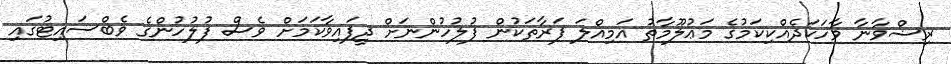
ރިޟްވާނާ ވާހަކަދެއްކިކަމުގެ މަޢުލޫމާތު އަމިއްލަ ފަރާތަކުން ފުލުހުންނަށް ދީފައިވާކަމަށް ވެސް ފުލުހުންގެ ވެބްސައިޓުގައި